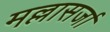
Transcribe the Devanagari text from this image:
मल्लासर्जा